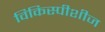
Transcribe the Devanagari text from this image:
विकिस्पीशीज